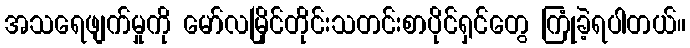
အသရေဖျက်မှုကို မော်လမြိုင်တိုင်းသတင်းစာပိုင်ရှင်တွေ ကြုံခဲ့ရပါတယ်။